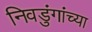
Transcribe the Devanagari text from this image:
निवडुंगांच्या